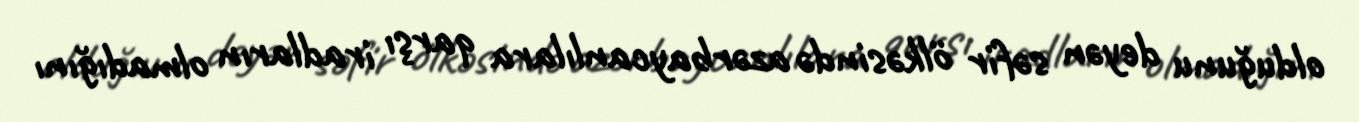
olduğunu deyən səfir ölkəsində azərbaycanlılara qarşı iradların olmadığını